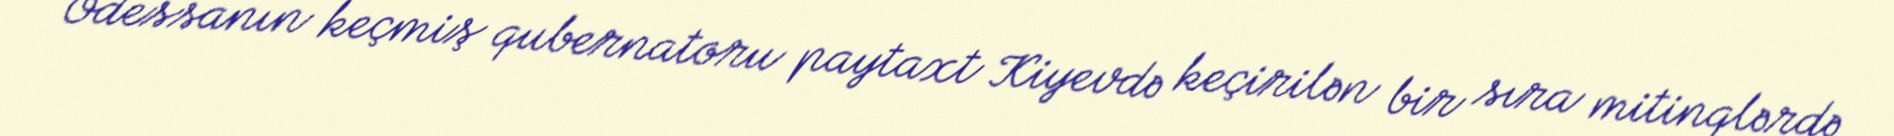
Odessanın keçmiş qubernatoru paytaxt Kiyevdə keçirilən bir sıra mitinqlərdə